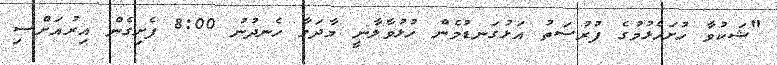
"ޝަކުވާ ހުށަހެޅުމުގެ ފުރުސަތު އަޅުގަނޑުމެން ހުޅުވާލާނީ މާދަމާ ހެނދުނު 8:00 ފެށިގެން އިރުއަށްސި